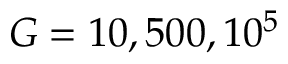
G = 1 0 , 5 0 0 , 1 0 ^ { 5 }